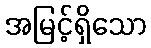
အမြင့်ရှိသော